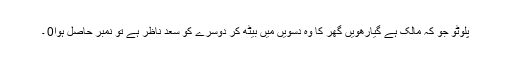
پلوٹو جو کہ مالک ہے گیارھویں گھر کا وہ دسویں میں بیٹھ کر دوسرے کو سعد ناظر ہے تو نمبر حاصل ہوا0 ۔